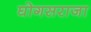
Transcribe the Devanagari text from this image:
घोगसराजा